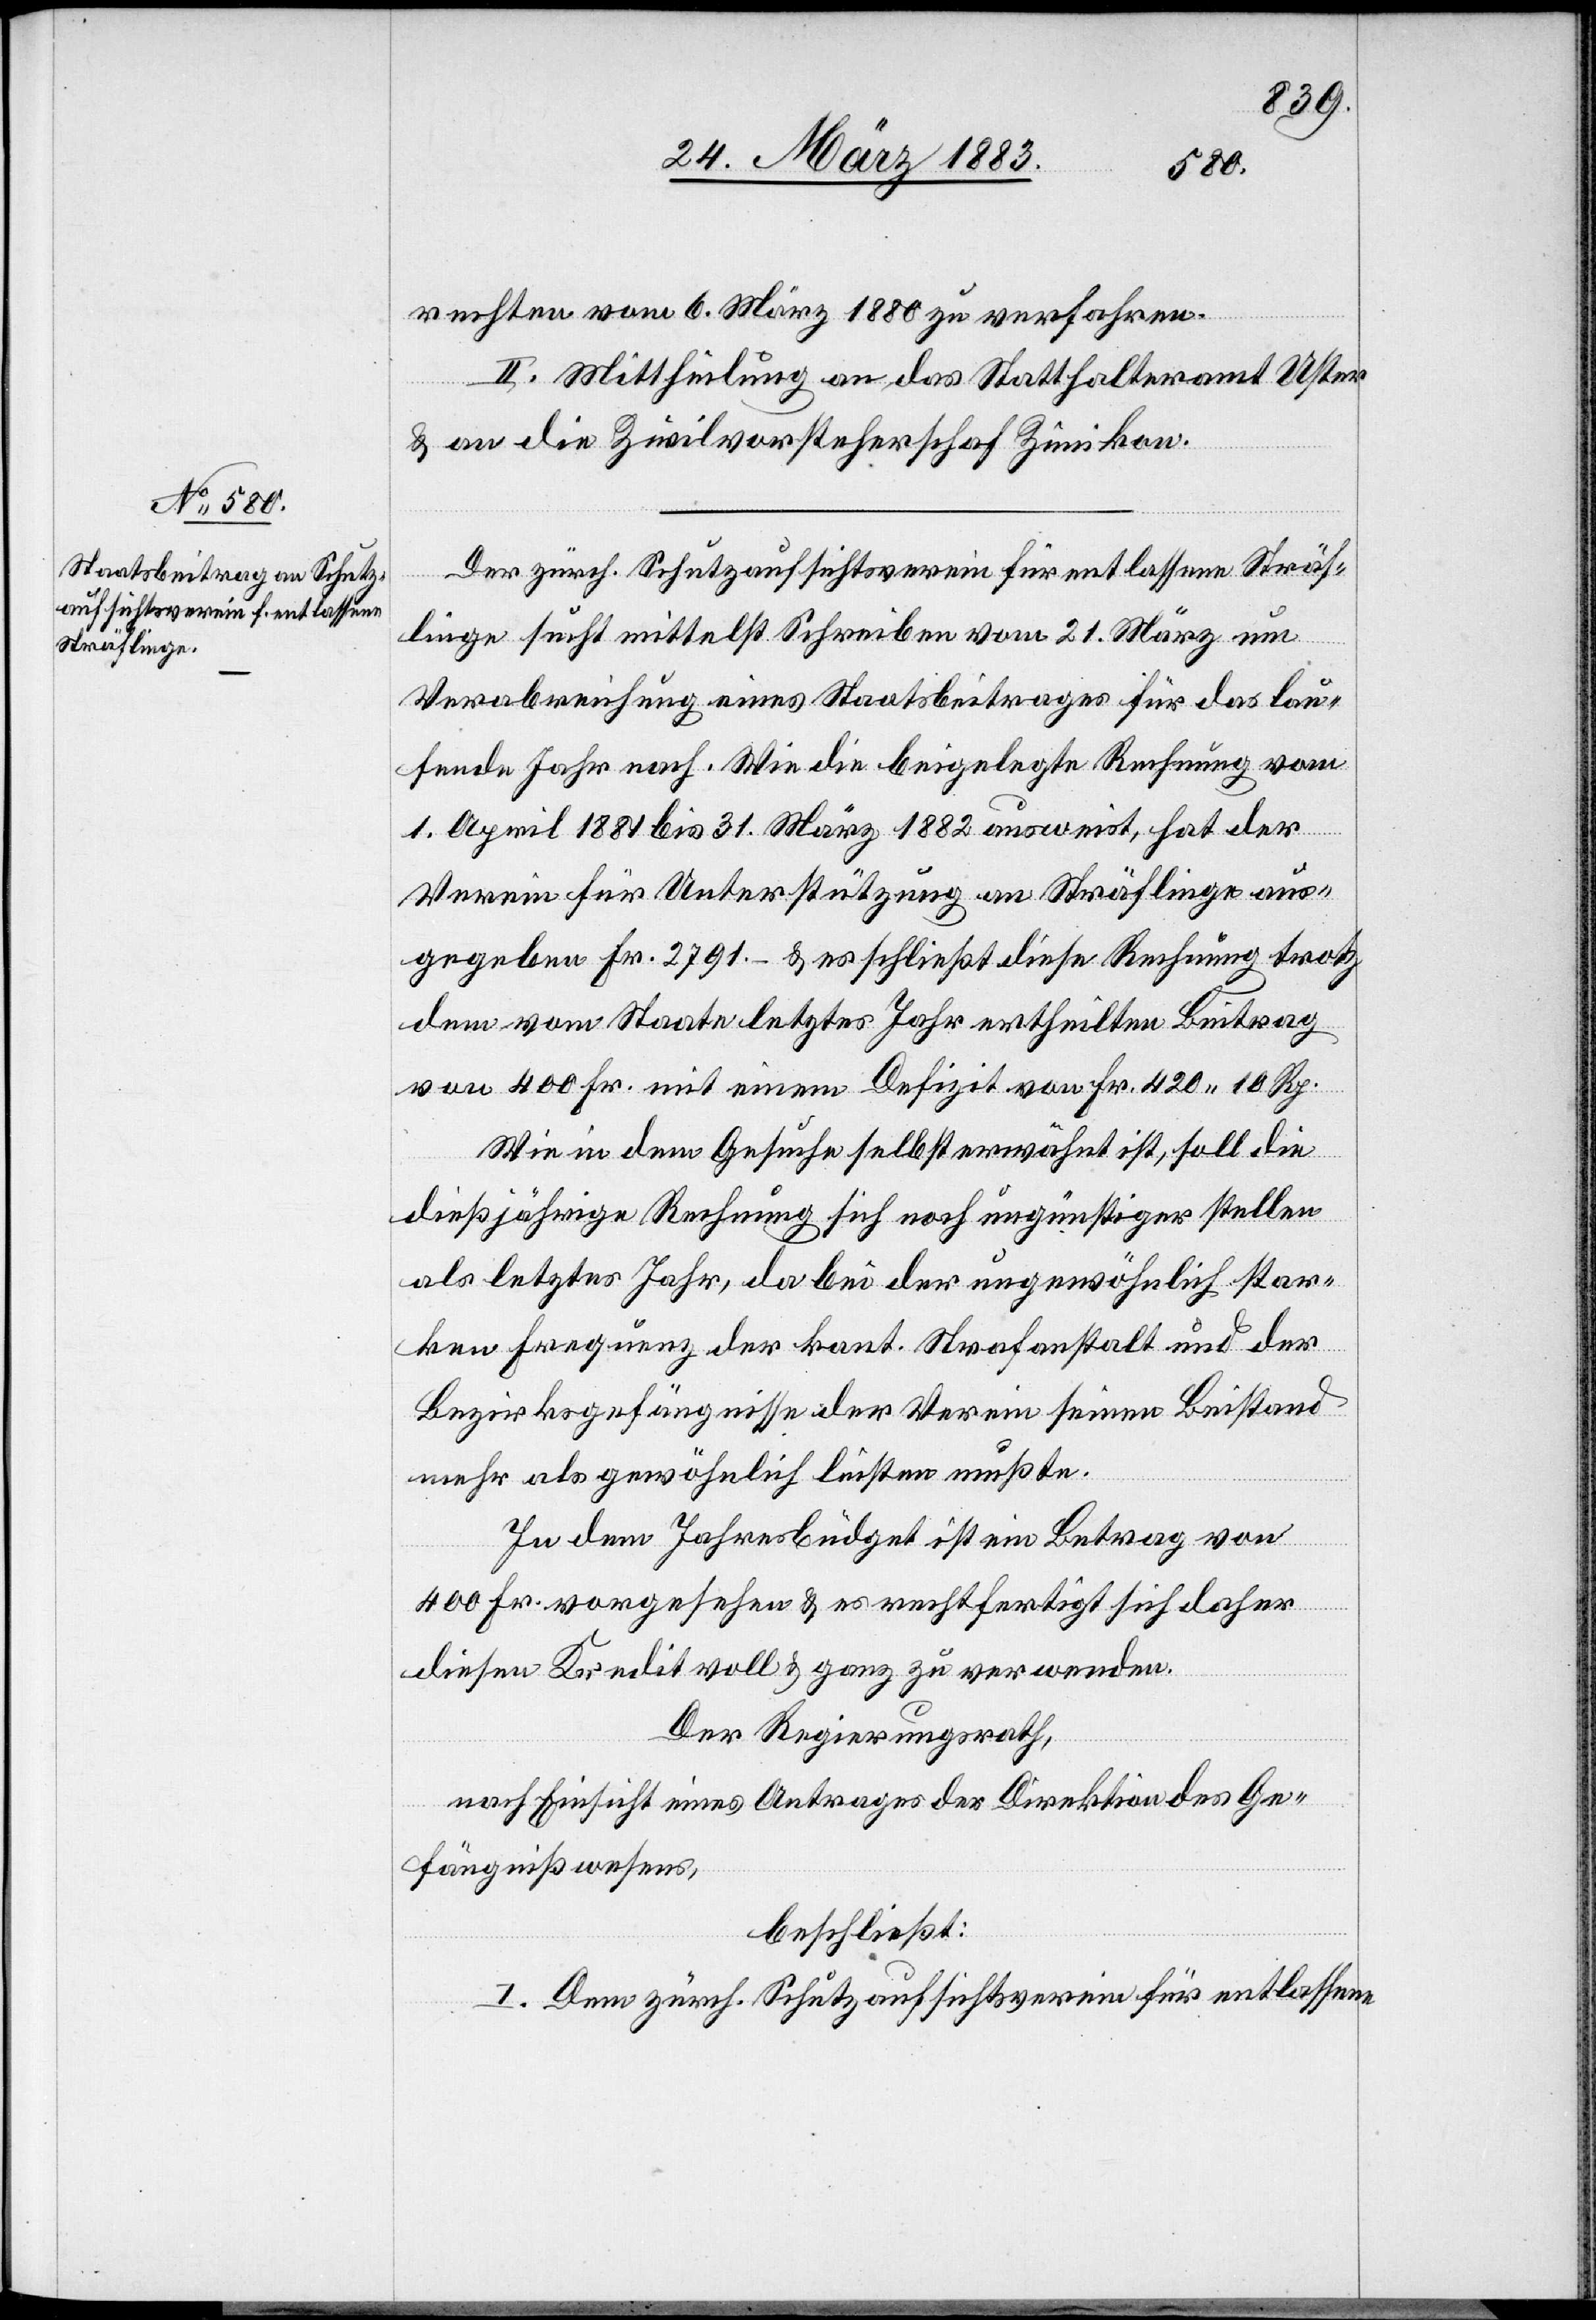
rechten vom 6. März 1880 zu verfahren.
II. Mittheilung an das Statthalteramt Uster
& an die Zivilvorsteherschaft Zimikon.
Der zürch. Schutzaufsichtsverein für entlassene Sträf¬
linge sucht mittelst Schreiben vom 21. März um
Verabreichung eines Staatsbeitrages für das lau¬
fende Jahr nach. Wie die beigelegte Rechnung vom
1. April 1881 bis 31. März 1882 ausweist, hat der
Verein für Unterstützung von Sträflingen aus¬
gegeben Fr. 2791.– & es schließt diese Rechnung trotz
dem vom Staate letztes Jahr ertheilten Beitrag
von 400 Fr. mit einem Defizit von Fr. 420 10 Rp.
Wie in dem Gesuche selbst erwähnt ist, soll die
dießjährige Rechnung sich noch ungünstiger stellen
als letztes Jahr, da bei der ungewöhnlich star¬
ken Frequenz der kant. Strafanstalt und der
Bezirksgefängnisse der Verein für seinen Beistand
mehr als gewöhnlich leisten mußte.
In dem Jahresbudget ist ein Betrag von
400 Fr. vorgesehen & es rechtfertigt sich daher
diesen Kredit voll & ganz zu verwenden.
Der Regierungsrath,
nach Einsicht eines Antrages der Direktion des Ge¬
fängnißwesens,
beschließt:
I. Dem zürch. Schutzaufsichtsverein für entlassene